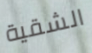
الشقية